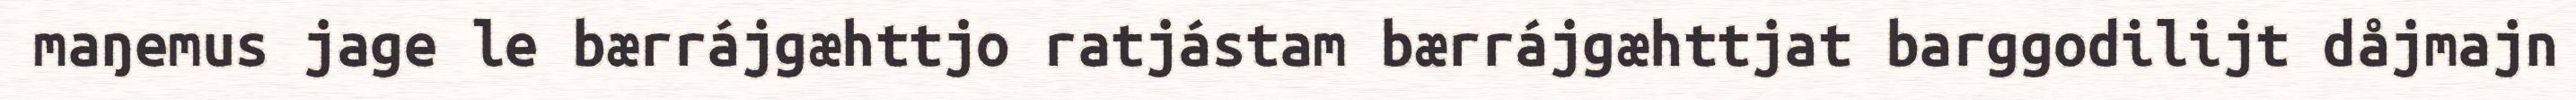
maŋemus jage le bærrájgæhttjo ratjástam bærrájgæhttjat barggodilijt dåjmajn